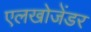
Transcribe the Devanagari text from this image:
एलखोजेंडर